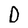
Character: D